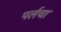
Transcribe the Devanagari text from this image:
पर्लचा